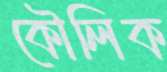
কৌলিক